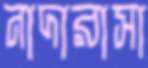
নাদারাসা